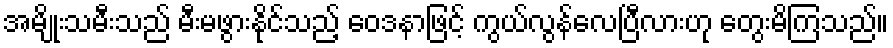
အမျိုးသမီးသည် မီးမဖွားနိုင်သည့် ဝေဒနာဖြင့် ကွယ်လွန်လေပြီလားဟု တွေးမိကြသည်။